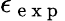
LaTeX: \epsilon_{\mathrm{~e~x~p~}}